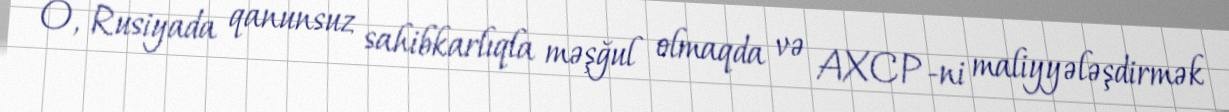
O, Rusiyada qanunsuz sahibkarlıqla məşğul olmaqda və AXCP-ni maliyyələşdirmək